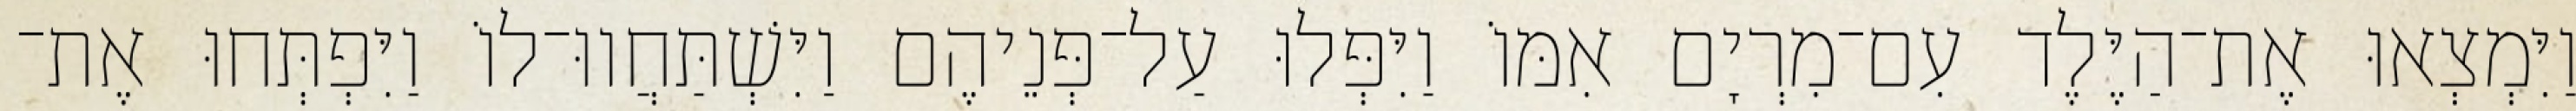
וַיִּמְצְאוּ אֶת־הַיֶּלֶד עִם־מִרְיָם אִמּוֹ וַיִּפְּלוּ עַל־פְּנֵיהֶם וַיִּשְׁתַּחֲווּ־לוֹ וַיִּפְתְּחוּ אֶת־